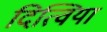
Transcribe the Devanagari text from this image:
दित्विया